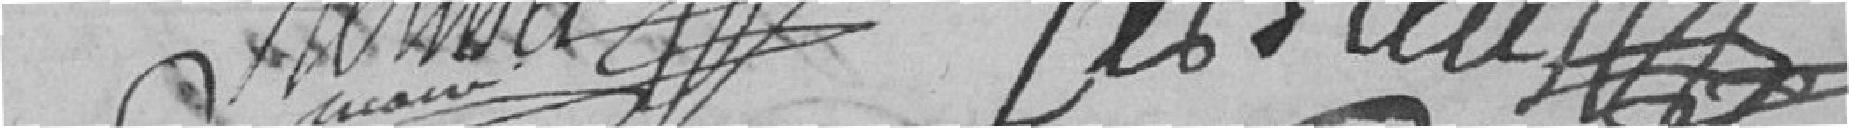
Roussel Lesleu